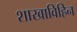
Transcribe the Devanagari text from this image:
शाखाविहिन